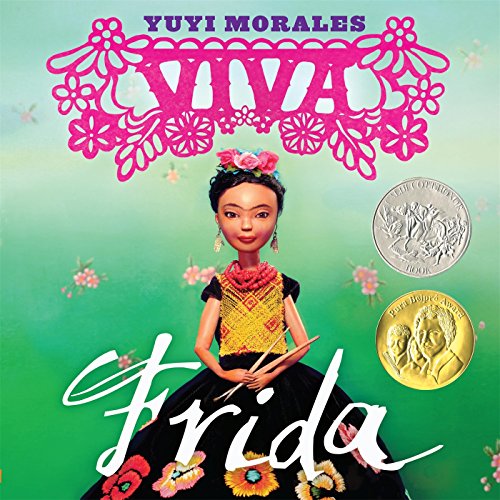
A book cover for Viva Frida (Morales, Yuyi); Yuyi Morales; Children's Books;